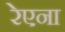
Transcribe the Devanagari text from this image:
रेएना